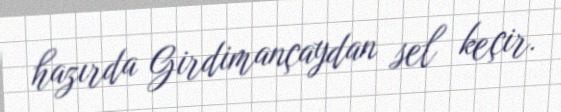
hazırda Girdimançaydan sel keçir.